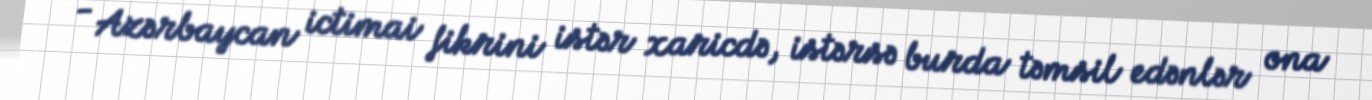
- Azərbaycan ictimai fikrini istər xaricdə, istərsə burda təmsil edənlər ona